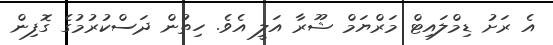
އެ ރަށު ޑިމްލައިޓް މަރްޔަމް ޝޫރާ އަލީ އެވެ. ހިތުން ދަސްކުރުމުގެ ގޮފިން